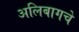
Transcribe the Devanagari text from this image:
अलिबागचे